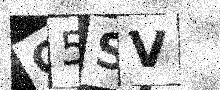
Text: G5SV